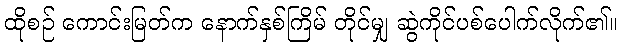
ထိုစဉ် ကောင်းမြတ်က နောက်နှစ်ကြိမ် တိုင်မျှ ဆွဲကိုင်ပစ်ပေါက်လိုက်၏။